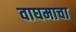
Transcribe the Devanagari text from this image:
वाघमाचा